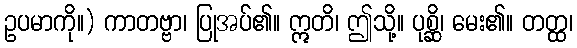
ဥပမာကို။) ကာတဗ္ဗာ၊ ပြုအပ်၏။ ဣတိ၊ ဤသို့။ ပုစ္ဆိ၊ မေး၏။ တတ္ထ၊